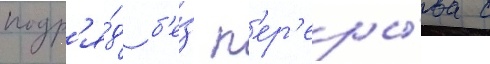
подр'я́д б'е́з п'ер'еры́ва с